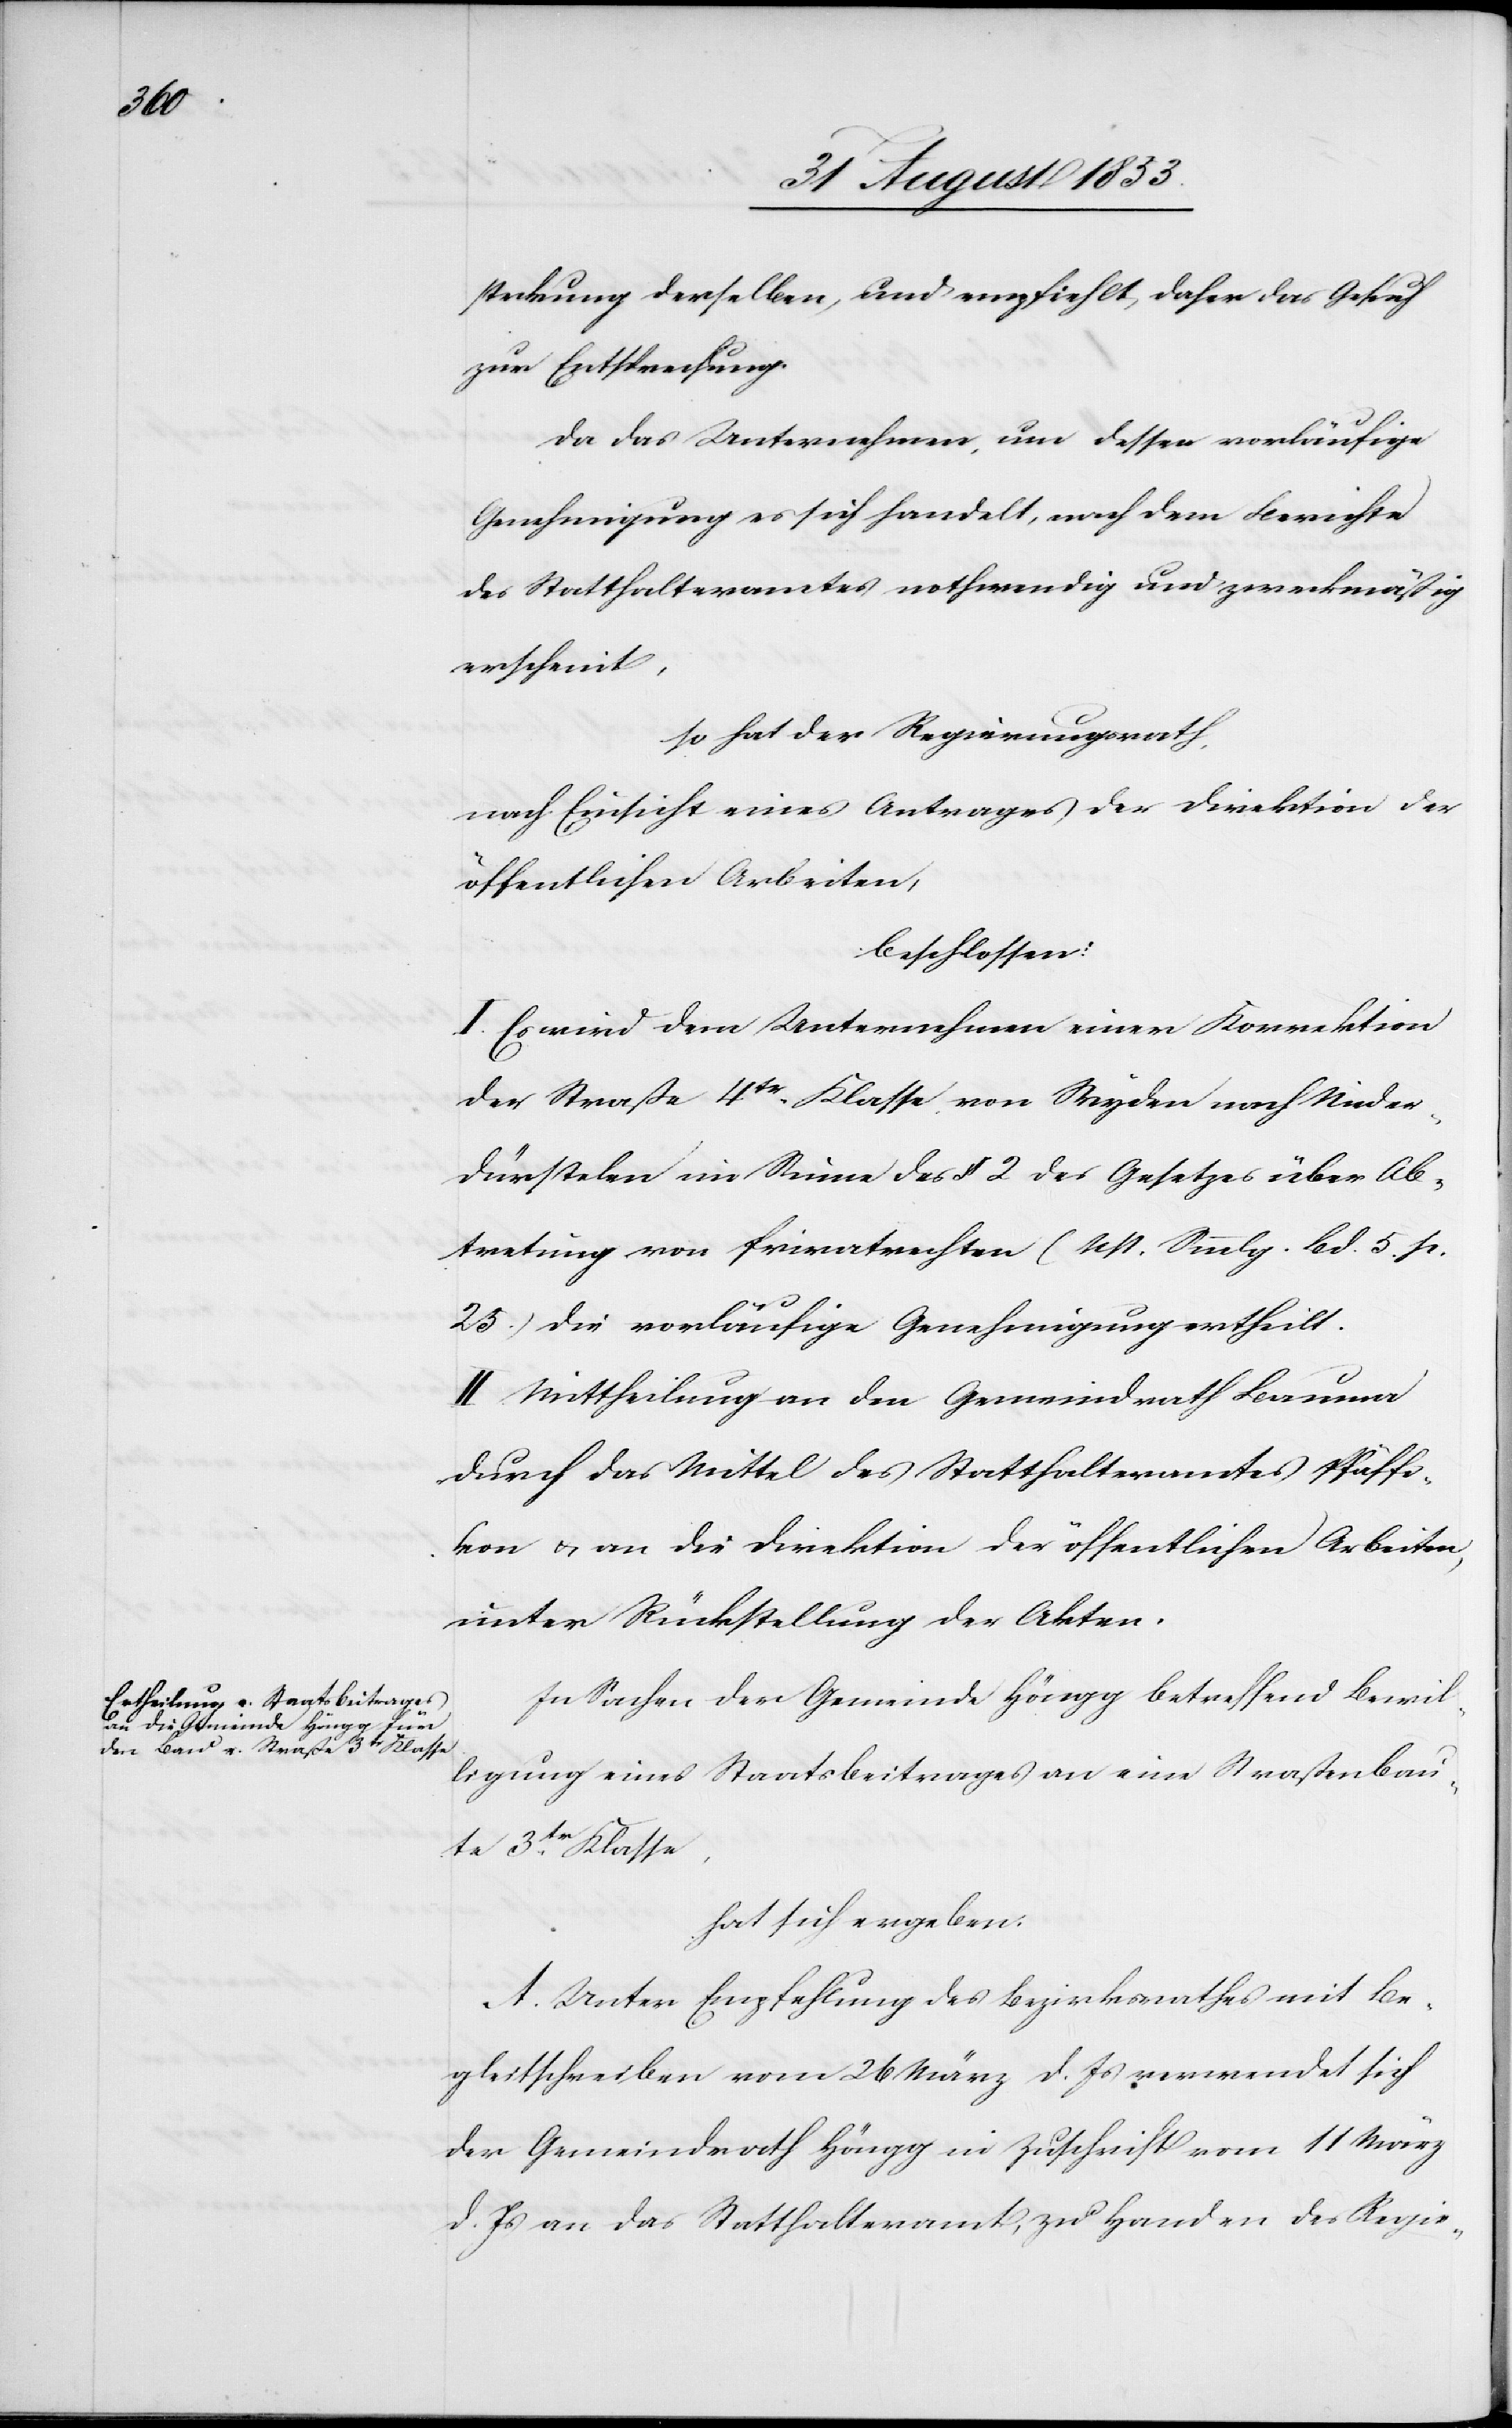
steckung derselben, und empfiehlt, daher das Gesuch
zur Entsprechung.
Da das Unternehmen, um dessen vorläufige
Genehmigung es sich handelt, nach dem Berichte
des Statthalteramtes nothwendig und zweckmäßig
erscheint,
so hat der Regierungsrath,
nach Einsicht eines Antrages der Direktion der
öffentlichen Arbeiten,
beschlossen:
I. Es wird dem Unternehmer einer Korrektion
der Straße 4tr Klasse von Wyden nach Nieder-D¬
ürstelen im Sinne des § 2 des Gesetzes über Ab¬
tretung von Privatrechten (Nst. Smmlg. Bd. 5 p.
25) die vorläufige Genehmigung ertheilt.
II. Mittheilung an den Gemeindrath Bauma
durch das Mittel des Statthalteramtes Pfäffi¬
kon u. an die Direktion der öffentlichen Arbeiten,
unter Rückstellung der Akten.
In Sachen der Gemeinde Höngg betreffend Bewil¬
ligung eines Staatsbeitrages an eine Straßenbau¬
te 3tr Klasse,
hat sich ergeben:
A. Unter Empfehlung des Bezirksrathes mit Be¬
gleitschreiben vom 26 März d. Js. verwendet sich
der Gemeindrath Höngg in Zuschrift vom 11 März
d. Js. an das Statthalteramt zu Handen des Regie-